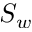
S _ { w }